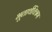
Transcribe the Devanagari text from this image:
भूतार्थचित्रण